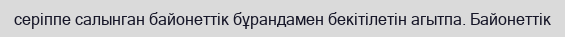
серіппе салынган байонеттік бұрандамен бекітілетін агытпа. Байонеттік